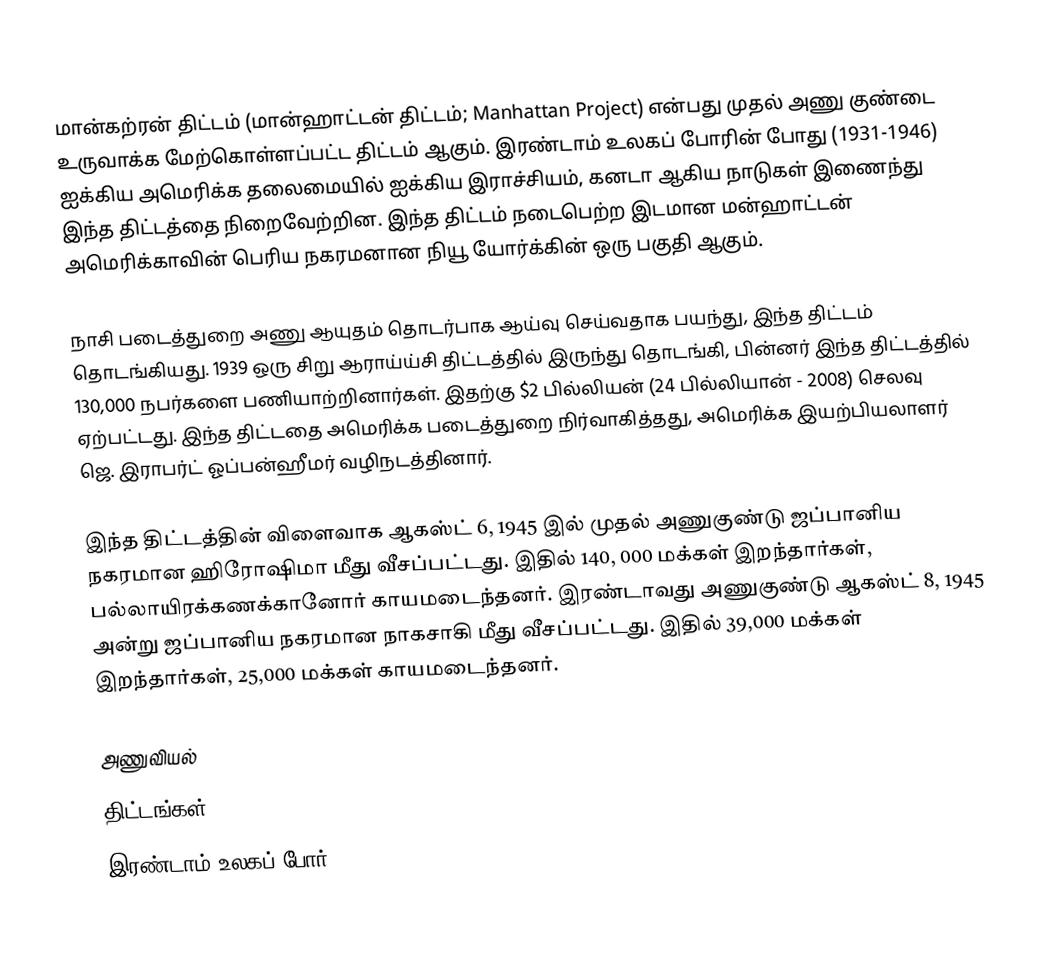
மான்கற்ரன் திட்டம் (மான்ஹாட்டன் திட்டம்; Manhattan Project) என்பது முதல் அணு குண்டை உருவாக்க மேற்கொள்ளப்பட்ட திட்டம் ஆகும். இரண்டாம் உலகப் போரின் போது (1931-1946) ஐக்கிய அமெரிக்க தலைமையில் ஐக்கிய இராச்சியம், கனடா ஆகிய நாடுகள் இணைந்து இந்த திட்டத்தை நிறைவேற்றின. இந்த திட்டம் நடைபெற்ற இடமான மன்ஹாட்டன் அமெரிக்காவின் பெரிய நகரமனான நியூ யோர்க்கின் ஒரு பகுதி ஆகும்.

நாசி படைத்துறை அணு ஆயுதம் தொடர்பாக ஆய்வு செய்வதாக பயந்து, இந்த திட்டம் தொடங்கியது. 1939 ஒரு சிறு ஆராய்ய்சி திட்டத்தில் இருந்து தொடங்கி, பின்னர் இந்த திட்டத்தில் 130,000 நபர்களை பணியாற்றினார்கள். இதற்கு $2 பில்லியன் (24 பில்லியான் - 2008) செலவு ஏற்பட்டது. இந்த திட்டதை அமெரிக்க படைத்துறை நிர்வாகித்தது, அமெரிக்க இயற்பியலாளர் ஜெ. இராபர்ட் ஓப்பன்ஹீமர் வழிநடத்தினார்.

இந்த திட்டத்தின் விளைவாக ஆகஸ்ட் 6, 1945 இல் முதல் அணுகுண்டு ஜப்பானிய நகரமான ஹிரோஷிமா மீது வீசப்பட்டது. இதில் 140, 000 மக்கள் இறந்தார்கள், பல்லாயிரக்கணக்கானோர் காயமடைந்தனர். இரண்டாவது அணுகுண்டு ஆகஸ்ட் 8, 1945 அன்று ஜப்பானிய நகரமான நாகசாகி மீது வீசப்பட்டது. இதில் 39,000 மக்கள் இறந்தார்கள், 25,000 மக்கள் காயமடைந்தனர்.

அணுவியல்
திட்டங்கள்
இரண்டாம் உலகப் போர்